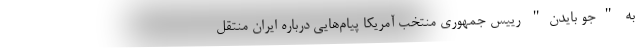
به "جو بایدن" رییس جمهوری منتخب آمریکا پیام‌هایی درباره ایران منتقل